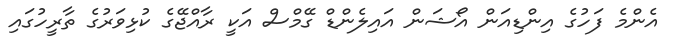
އެންމެ ފަހުގެ އިންޑިއަން އޯޝަން އައިލެންޑް ގޭމްސް އަކީ ރާއްޖޭގެ ކުޅިވަރުގެ ތާރީހުގައި